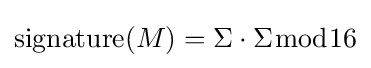
\operatorname {signature} (M)=\Sigma \cdot \Sigma {\bmod {1}}6